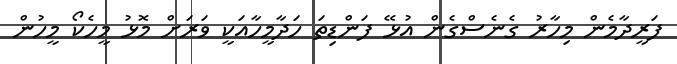
ފަރީދާމެން މިހާރު ގެނެސްގެން އުޅޭ ފަންޑިތަ ހަދާމީހާއަކީ ވަރަށް މޮޅު މީހެކޯ މީހުން